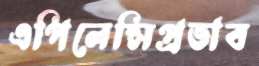
এপিলেপ্সিপ্রভাব